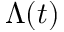
\Lambda ( t )